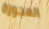
العجوزة